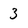
Character: 3